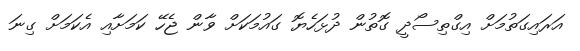
އަރައިގަތުމަށް އިގްތިސޯދީ ގޮތުން ދުޅަހެޔޮ ގައުމަކަށް ވާން ޖެހޭ ކަމަށާއި އެކަމަށް ގިނަ